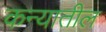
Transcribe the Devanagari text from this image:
कन्यातील